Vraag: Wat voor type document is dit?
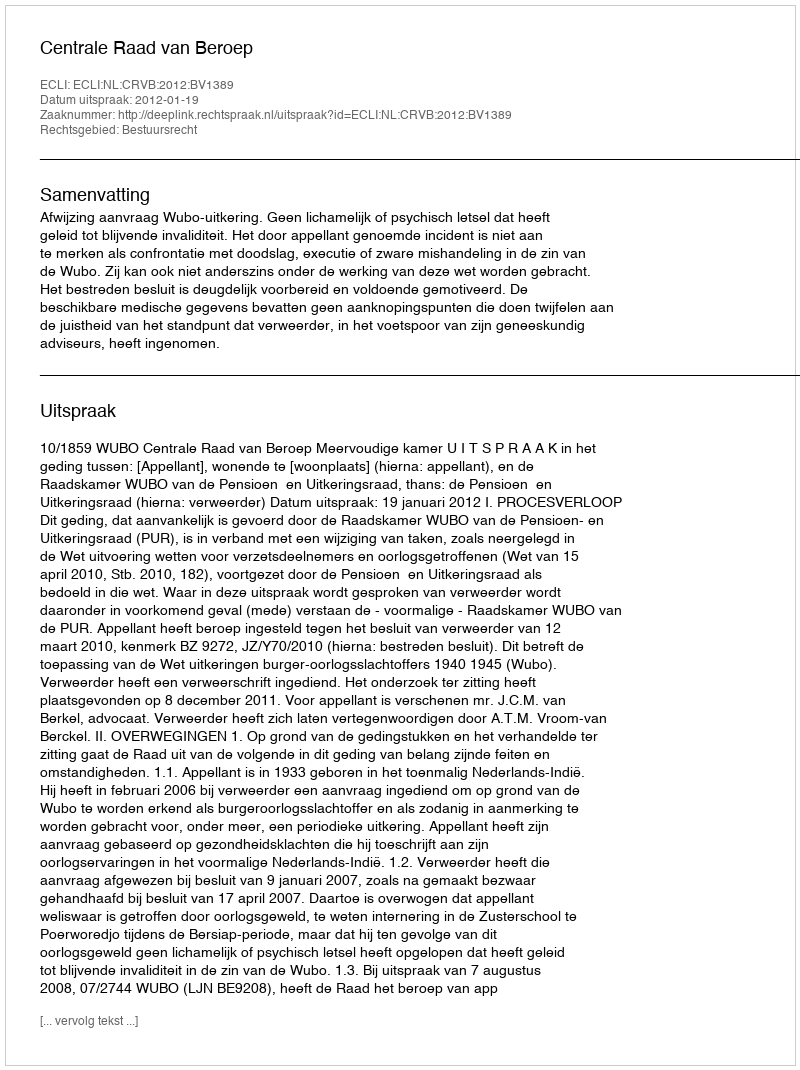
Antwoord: Uitspraak